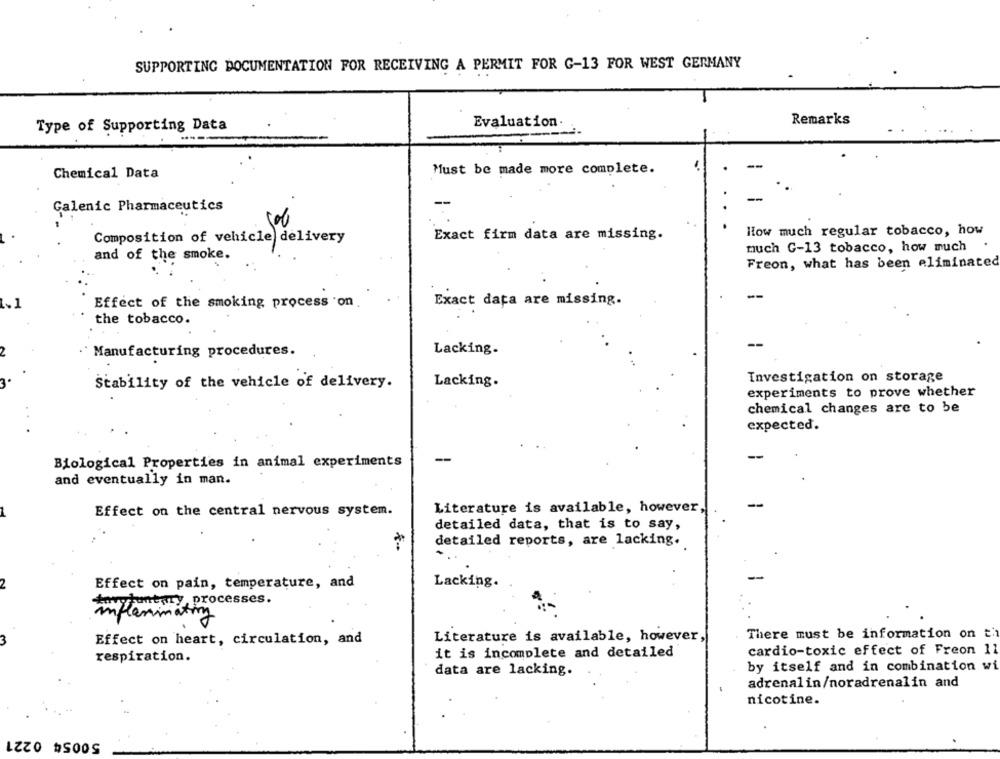
SUPPORTING DOCUMENTATION FOR RECEIVING A PERMIT FOR G-13 FOR WEST GERMANY
Remarks
Type of Supporting Data
Evaluation.
Chemical Data
Must be made more complete.
-
Galenic Pharmaceutics
Exact firm data are missing.
How much regular tobacco, how
Composition of vehicle delivery
much C-13 tobacco, how much .
and of the smoke.
Freon, what has been eliminated
Effect of the smoking process on
Exact data are missing.
the tobacco.
Lacking.
Manufacturing procedures.
Investigation on storage
Stability of the vehicle of delivery.
Lacking.
experiments to prove whether
chemical changes are to be
.. .
expected.
Biological Properties in animal experiments
-
and eventually in man.
Literature is available, however,
Effect on the central nervous system.
detailed data, that is to say,
*
detailed reports, are lacking.
Effect on pain, temperature, and
Lacking.
ohutury processes.
flammation
There must be information on th
Effect on heart, circulation, and
Literature is available, however,
cardio-toxic effect of Freon 11
respiration.
it is incomplete and detailed
by itself and in combination wi
data are lacking.
adrenalin/noradrenalin and
nicotine.
50054 0221